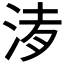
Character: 𣵒